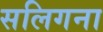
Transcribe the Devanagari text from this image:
सलिगना